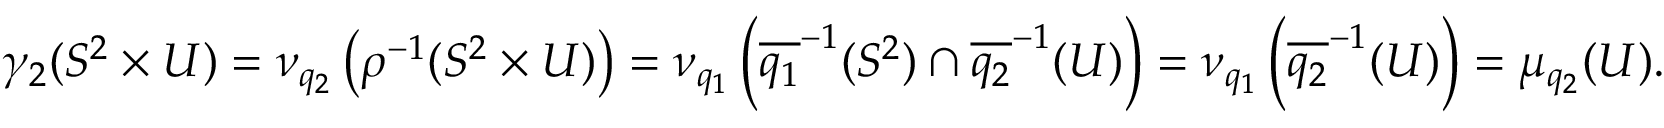
\gamma _ { 2 } ( S ^ { 2 } \times U ) = \nu _ { q _ { 2 } } \left( \rho ^ { - 1 } ( S ^ { 2 } \times U ) \right) = \nu _ { q _ { 1 } } \left( \overline { { { q _ { 1 } } } } ^ { - 1 } ( S ^ { 2 } ) \cap \overline { { q _ { 2 } } } ^ { - 1 } ( U ) \right) = \nu _ { q _ { 1 } } \left( \overline { { q _ { 2 } } } ^ { - 1 } ( U ) \right) = \mu _ { q _ { 2 } } ( U ) .